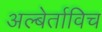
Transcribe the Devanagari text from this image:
अल्बेर्ताविच